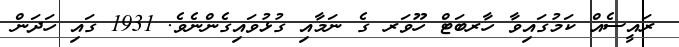
ރައީސެއް ކަމުގައިވާ ހާރބަޓް ހޫވަރ ގެ ނަމާއި ގުޅުވައިގެންނެވެ. 1931 ގައި ހަދަން